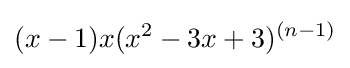
(x-1)x(x^{2}-3x+3)^{(n-1)}